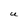
Character: U